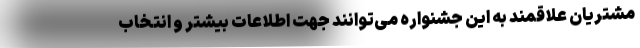
مشتریان علاقمند به این جشنواره می‌توانند جهت اطلاعات بیشتر و انتخاب